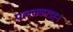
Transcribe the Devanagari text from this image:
पलक्काडहून